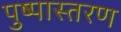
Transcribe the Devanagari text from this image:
पुष्पास्तरण